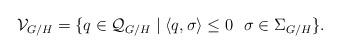
LaTeX: \begin{align*}\mathcal V_{G/H} = \lbrace q \in \mathcal Q_{G/H} \mid \langle q, \sigma \rangle \le 0 \ \ \sigma \in \Sigma_{G/H} \rbrace.\end{align*}